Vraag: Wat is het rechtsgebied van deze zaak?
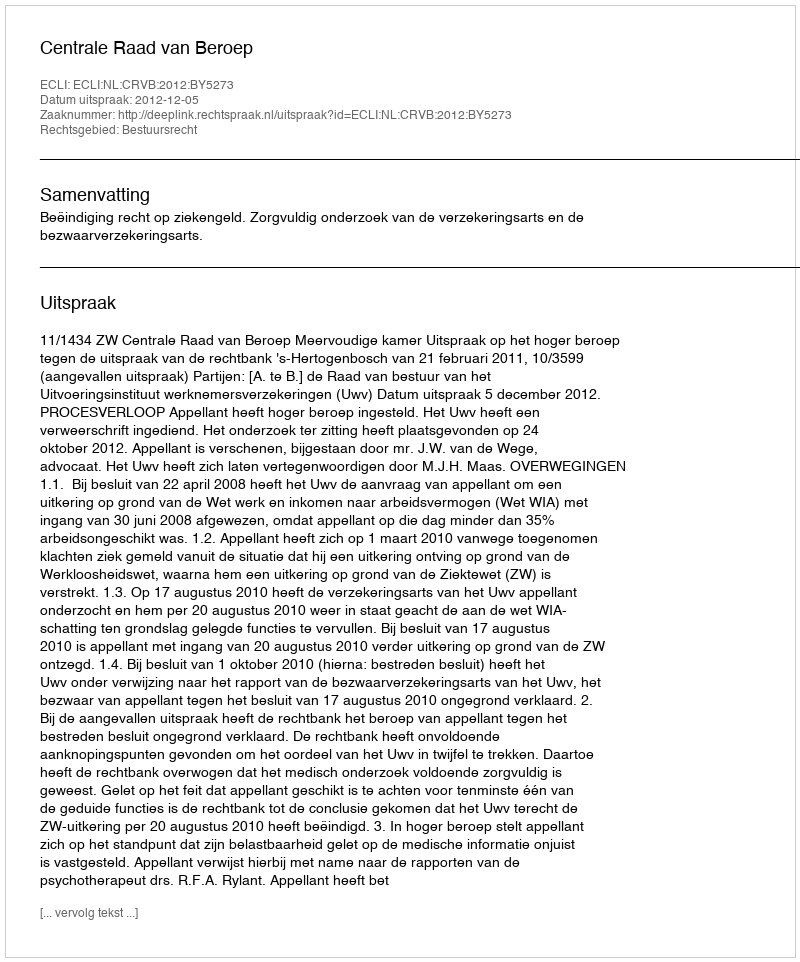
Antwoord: Bestuursrecht